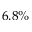
6 . 8 \%